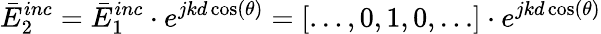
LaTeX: \bar{E}_{2}^{inc}=\bar{E}_{1}^{inc}\cdot e^{jkd\cos(\theta)}=\left[\begin{array}{l}{\dots,0,1,0,\dots}\end{array}\right]\cdot e^{jkd\cos(\theta)}